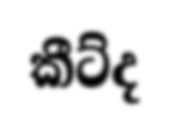
කීට්ද